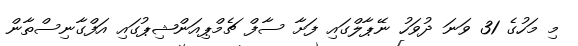
މި މަހުގެ 31 ވަނަ ދުވަހު ނޭޕާލްގައި ފަށާ ސާފް ޗެމްޕިއަންޝިޕުގައި އަފްގާނިސްތާން